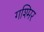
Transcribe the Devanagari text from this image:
गश्मिर